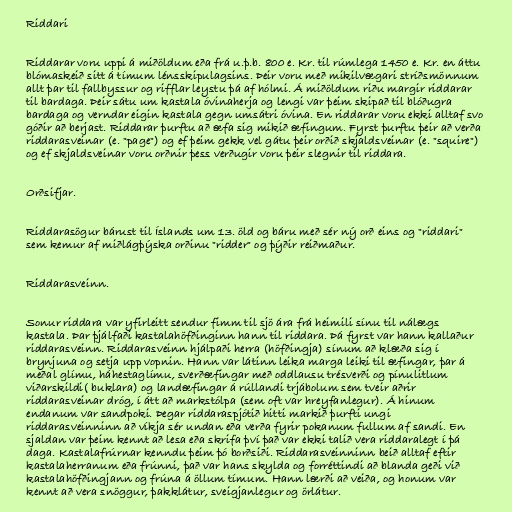
Riddari

Riddarar voru uppi á miðöldum eða frá u.þ.b. 800 e. Kr. til rúmlega 1450 e. Kr. en áttu
blómaskeið sitt á tímum lénsskipulagsins. Þeir voru með mikilvægari stríðsmönnum
allt þar til fallbyssur og rifflar leystu þá af hólmi. Á miðöldum riðu margir riddarar
til bardaga. Þeir sátu um kastala óvinaherja og lengi var þeim skipað til blóðugra
bardaga og verndar eigin kastala gegn umsátri óvina. En riddarar voru ekki alltaf svo
góðir að berjast. Riddarar þurftu að æfa sig mikið æfingum. Fyrst þurftu þeir að verða
riddarasveinar (e. "page") og ef þeim gekk vel gátu þeir orðið skjaldsveinar (e. "squire")
og ef skjaldsveinar voru orðnir þess verðugir voru þeir slegnir til riddara.

Orðsifjar.

Riddarasögur bárust til Íslands um 13. öld og báru með sér ný orð eins og "riddari"
sem kemur af miðlágþýska orðinu "ridder" og þýðir reiðmaður.

Riddarasveinn.

Sonur riddara var yfirleitt sendur fimm til sjö ára frá heimili sínu til nálægs
kastala. Þar þjálfaði kastalahöfðinginn hann til riddara. Þá fyrst var hann kallaður
riddarasveinn. Riddarasveinn hjálpaði herra (höfðingja) sínum að klæða sig í
brynjuna og setja upp vopnin. Hann var látinn leika marga leiki til æfingar, þar á
meðal glímu, háhestaglímu, sverðæfingar með oddlausu trésverði og pínulitlum
viðarskildi( buklara) og landæfingar á rúllandi trjábolum sem tveir aðrir
riddarasveinar dróg, í átt að markstólpa (sem oft var hreyfanlegur). Á hinum
endanum var sandpoki. Þegar riddaraspjótið hitti markið þurfti ungi
riddarasveinninn að víkja sér undan eða verða fyrir pokanum fullum af sandi. En
sjaldan var þeim kennt að lesa eða skrifa því það var ekki talið vera riddaralegt í þá
daga. Kastalafrúrnar kenndu þeim þó borðsiði. Riddarasveinninn beið alltaf eftir
kastalaherranum eða frúnni, það var hans skylda og forréttindi að blanda geði við
kastalahöfðingjann og frúna á öllum tímum. Hann lærði að veiða, og honum var
kennt að vera snöggur, þakklátur, sveigjanlegur og örlátur.